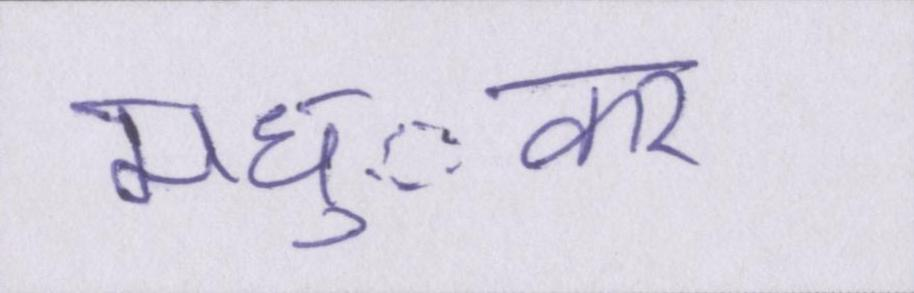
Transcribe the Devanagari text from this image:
मध्ुकर